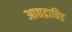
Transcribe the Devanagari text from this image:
आद्यद्राविड